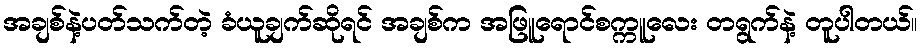
အချစ်နဲ့ပတ်သက်တဲ့ ခံယူချက်ဆိုရင် အချစ်က အဖြူရောင်စက္ကူလေး တရွက်နဲ့ တူပါတယ်။